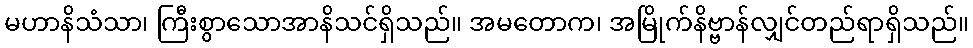
မဟာနိသံသာ၊ ကြီးစွာသောအာနိသင်ရှိသည်။ အမတောက၊ အမြိုက်နိဗ္ဗာန်လျှင်တည်ရာရှိသည်။